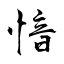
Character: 愔